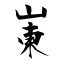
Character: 崬